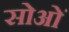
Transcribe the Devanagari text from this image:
सोओं